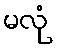
မလုံ